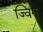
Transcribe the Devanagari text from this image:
ज्विग